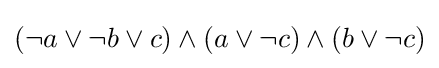
(\lnot a\lor \lnot b\lor c)\land (a\lor \lnot c)\land (b\lor \lnot c)